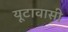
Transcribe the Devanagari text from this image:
यूटावासी